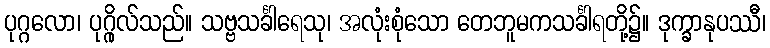
ပုဂ္ဂလော၊ ပုဂ္ဂိုလ်သည်။ သဗ္ဗသင်္ခါရေသု၊ အလုံးစုံသော တေဘူမကသင်္ခါရတို့၌။ ဒုက္ခာနုပဿီ၊